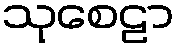
သုစေဠာ